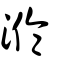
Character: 溣